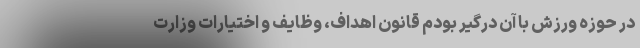
در حوزه ورزش با آن درگیر بودم قانون اهداف، وظایف و اختیارات وزارت